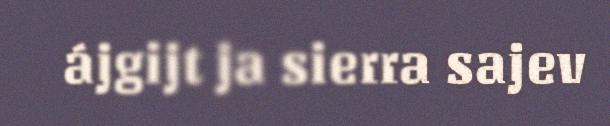
ájgijt ja sierra sajev